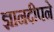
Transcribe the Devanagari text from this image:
ज्ञानदीपने